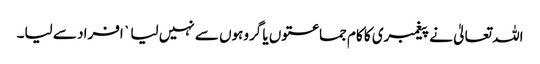
اللہ تعالیٰ نے پیغمبری کا کام جماعتوں یا گروہوں سے نہیں لیا ` افراد سے لیا۔